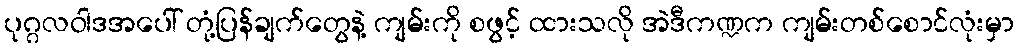
ပုဂ္ဂလဝါဒအပေါ် တုံ့ပြန်ချက်တွေနဲ့ ကျမ်းကို စဖွင့် ထားသလို အဲဒီကဏ္ဍက ကျမ်းတစ်စောင်လုံးမှာ